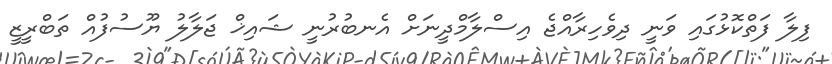
ފިލާ ފަތްކޮޅުގައި ވަނީ ދިވެހިރާއްޖެ އިސްލާމްދީނަށް އެނބުރުނީ ޝައިޚް ޖަލާލު ޔޫސުފުއް ތަބްރީޒީ